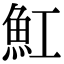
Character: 魟